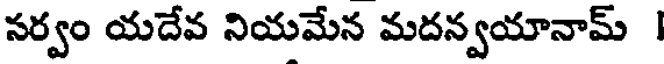
నర్వం యదేవ నియమేన మదన్వయానామ్